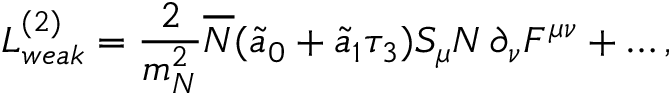
{ \cal L } _ { w e a k } ^ { ( 2 ) } = \frac { 2 } { m _ { N } ^ { 2 } } \overline { { { N } } } ( \tilde { a } _ { 0 } + \tilde { a } _ { 1 } \tau _ { 3 } ) S _ { \mu } N \, \partial _ { \nu } F ^ { \mu \nu } + \ldots ,